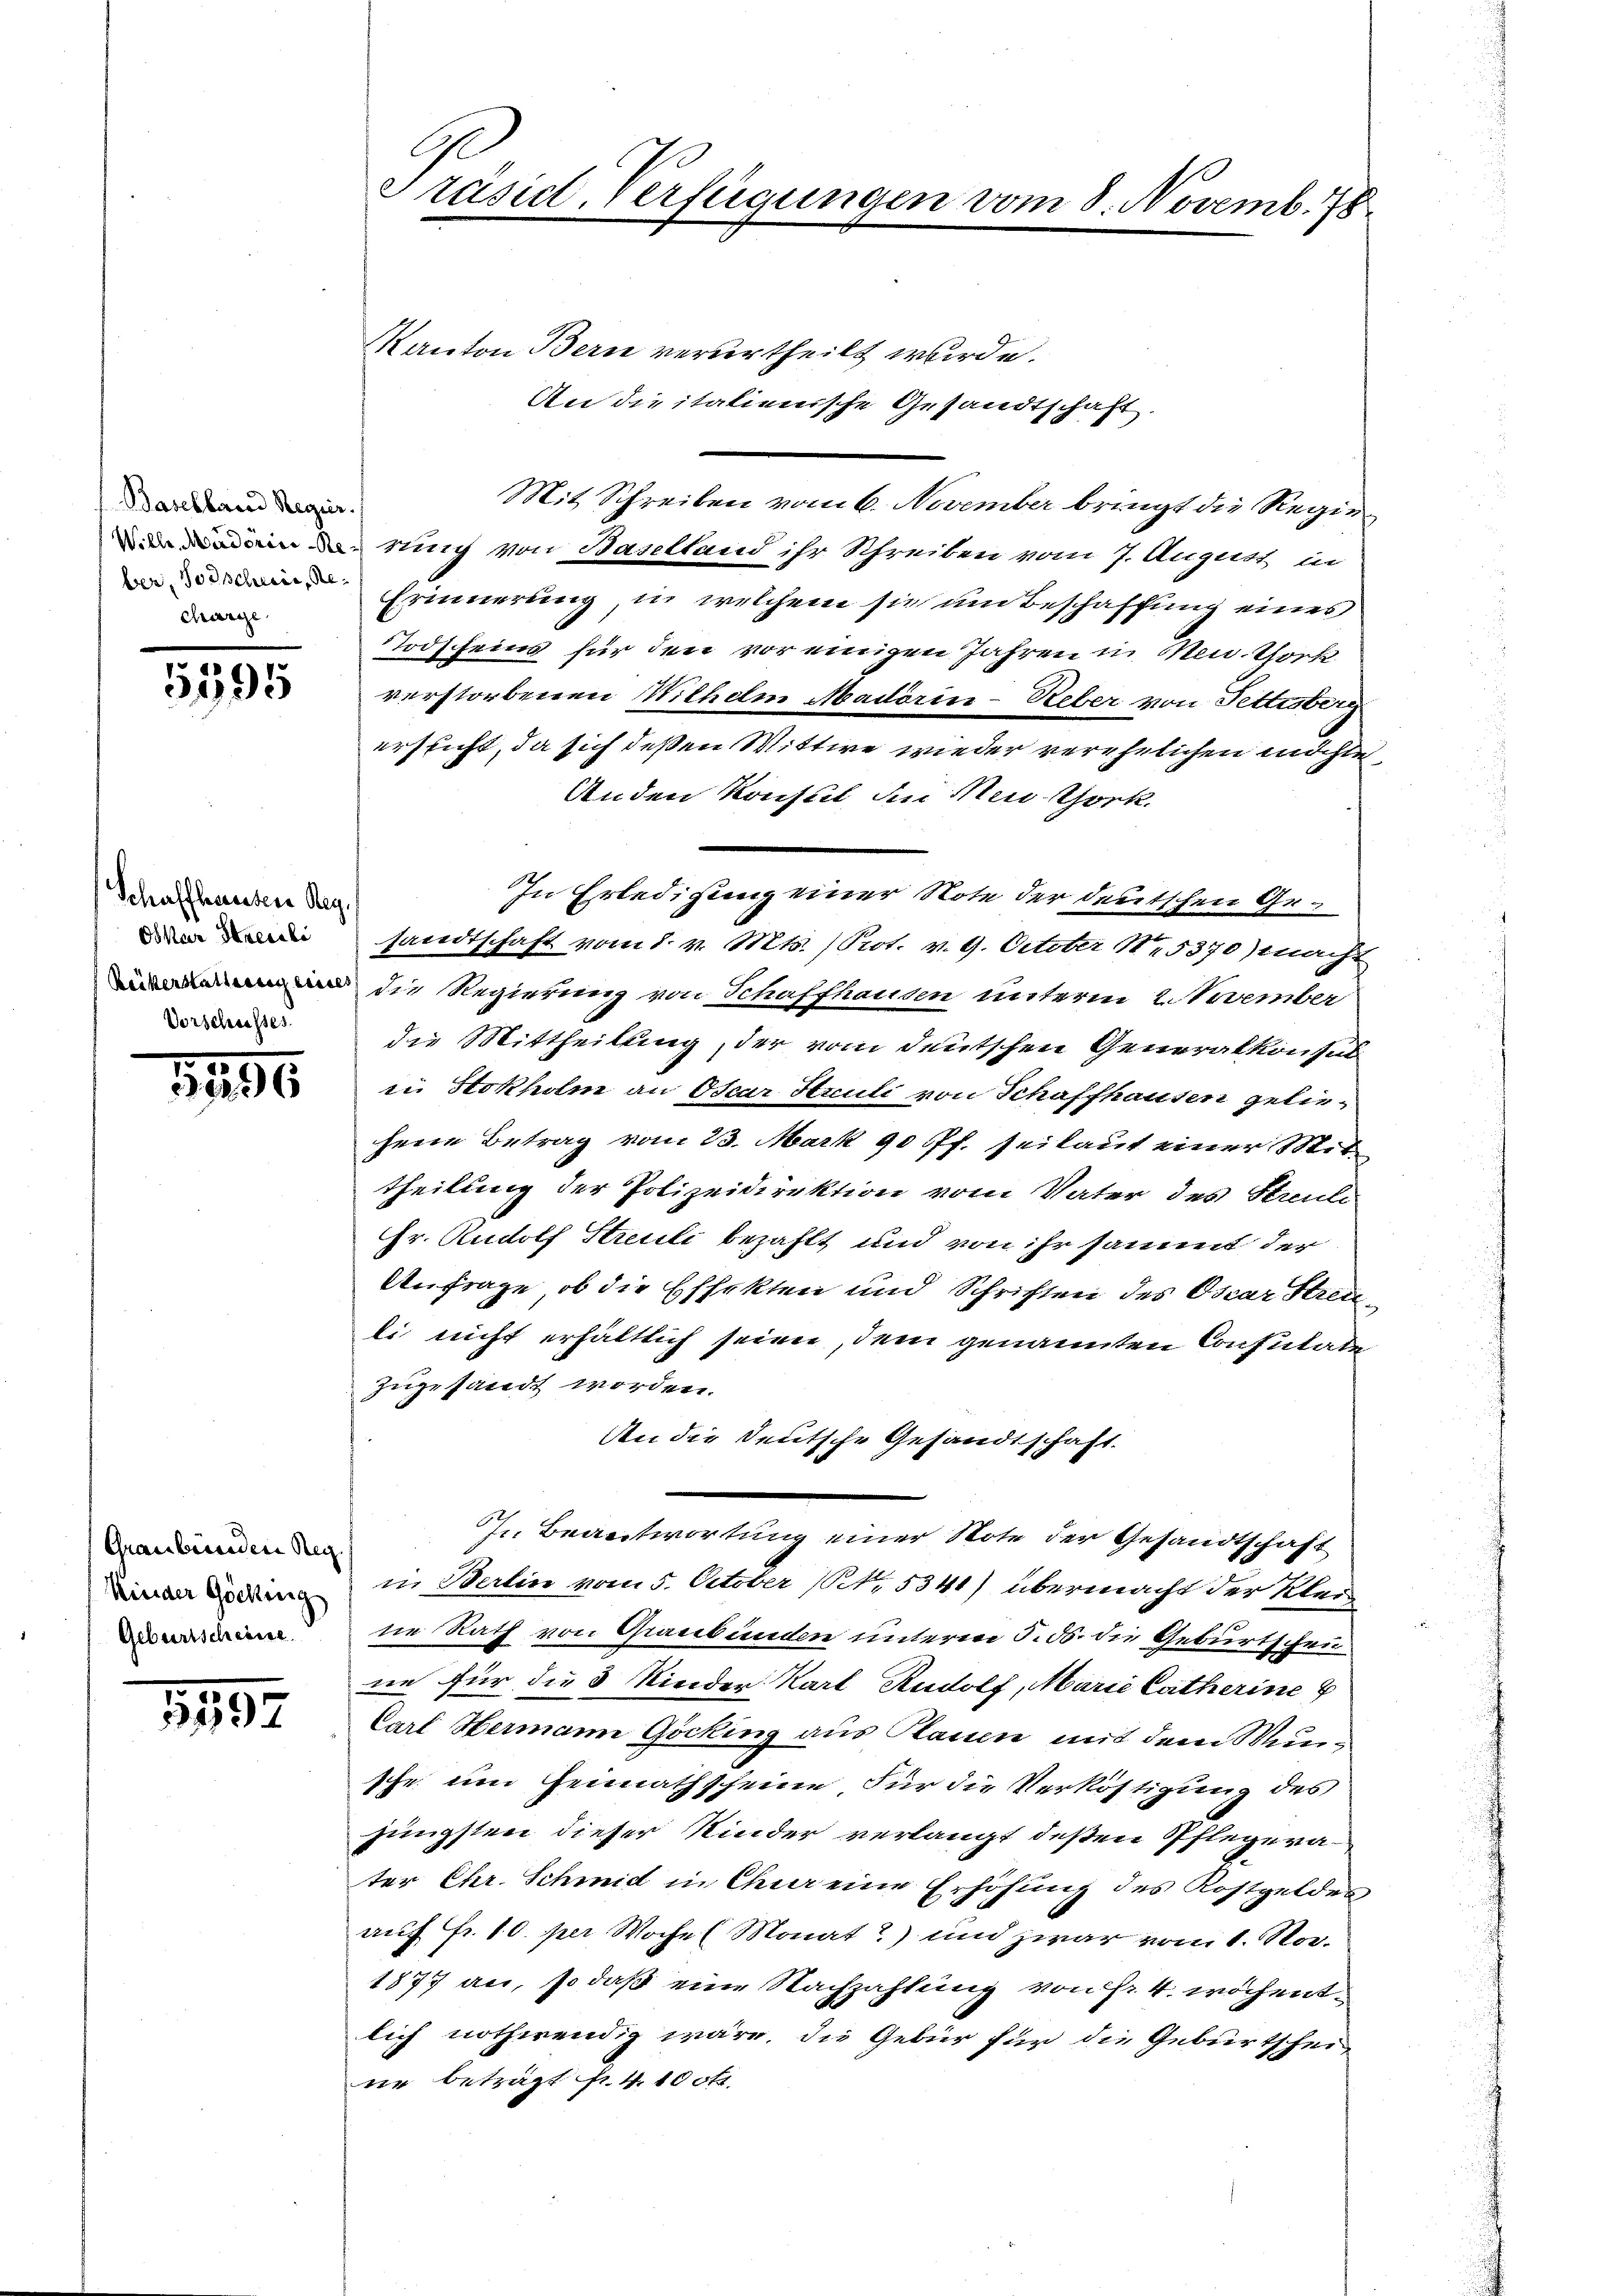
Baselland Regier.
ber, Forscheris, Recharge

15191

Schaffhaussere Reg.
Oskar Streuli
Vorschusses

1296

Grauberenden Reg.
Minder Göchung
Geburtscheine

1892

Präsid. Verfügungen vom 8. Novemb. 78.

Kanton Bern verurtheilt wurde.
An die italienische Gesandtschaft.
Mit Schreiben vom 6. November bringt die Regie¬
. Nich von Baselland ihr Schreiben vom 7. August in
Erinnerung, in welchem sie um Beschaffung eines
Todscheins für den vor einigen Jahren in Neu. Vork
verstorbenen Wilhem Madörin-Ueber von Fettesberg
ersicht, da sich deßen Wittwe wieder verehelichen indin¬
Anden Konsul dei Neu-Gork.
In Erledigung einer Note der deutschen Gesandtschaft vom 8. v. Mts. (Prot. v. 9. October 15370) macht
 die Regierung von Schaffhausen unterm 2. November
die Mittheilung, der vom deutschen Generalkonsul
in Stokholm an Oscar Struli von Schaffhausen geliehene Betrag vom 23. Mark 90 Pf. seilaut einer Mit-
theilung der Polizeidirektion vom Vater des Streute
Hr. Rudolf Streuli bezahlt und von ihr sammt der
Anfrage, ob die Effekten und Schriften des Oscar Streili nicht erhältlich seien, dem genannten Consulate
zugesandt worden.
An die Deutsche Gesandtschaft.
In Beantwortung einer Note der Gesandtschaft
in Berlin vom 5. October (NNo. 5341) übermacht der Kleine Rath von Graubünden unterm 5. d. die Geburtscheune für die 3 Kinder Karl Rudolf, Marie Catherine
Carl Hermann Göcking aus Raum mit dem Wunsche um Heimathscheine Für die Verköstigung des
jüngsten dieser Kinder verlangt deßen Pflegerater Chr. Schmid in Chur eine Erhöhung des Kostgeldes
auf Fr. 10. per Wochel Monat) und zwar vom 1. Nov.
1877 an, so daß eine Nachzahlung von Fr. 4 wöchentlich nothwendig wäre, die Gebür für die Geburtscheine beträgt fr. 4. 100fr.